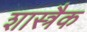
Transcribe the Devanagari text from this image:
शास्त्रैक